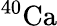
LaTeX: ^{40}\mathrm{Ca}